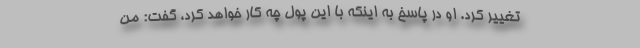
تغییر کرد. او در پاسخ به اینکه با این پول چه کار خواهد کرد، گفت: من